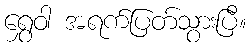
ရွှေဝါ အရက်ပြတ်သွားပြီ။